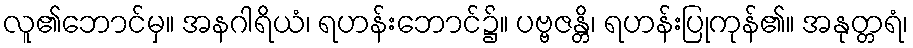
လူ၏ဘောင်မှ။ အနဂါရိယံ၊ ရဟန်းဘောင်၌။ ပဗ္ဗဇန္တိ၊ ရဟန်းပြုကုန်၏။ အနုတ္တရံ၊